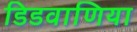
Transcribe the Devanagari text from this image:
डिडवाणिया